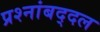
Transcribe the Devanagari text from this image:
प्रश्नांबद्दल